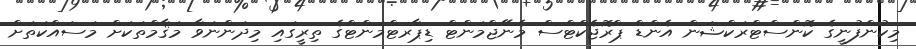
މިކުންފުނީގެ ކޮންސްޓްރަކްޝަން އެންޑް ޕްރޮޖެކްޓްސް މެނޭޖްމަންޓް ޑިޕާރޓްމަންޓްގެ ތިރީގައި މިދަންނަވާ މަޤާމްތަކަށް މަސައްކަތަށް